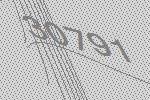
30791